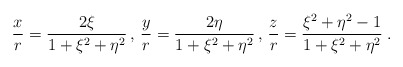
\begin{align*}{x\over r}={2\xi\over 1+\xi^2+\eta^2}\,,\, {y\over r}={2\eta\over 1+\xi^2+\eta^2}\,,\,{z\over r}={\xi^2+\eta^2-1\over 1+\xi^2+\eta^2}\;.\end{align*}